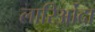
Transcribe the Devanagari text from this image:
लारिओंदा